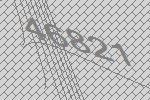
46821